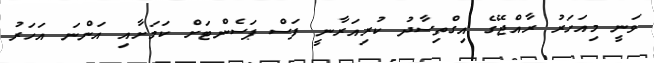
ވަނީ މިއަހަރު ރާއްޖޭގެ އިގްތިސާދު ކުރިއަރާނީ ފަސް ޕަސެންޓަށް ކަމަށާއި އަންނަ އަހަރު